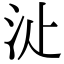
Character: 𣲓